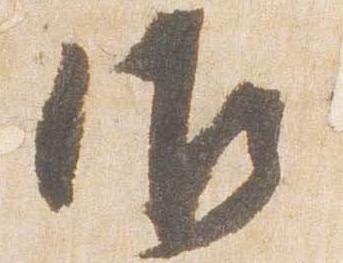
御